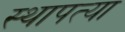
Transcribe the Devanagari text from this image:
स्थापत्या